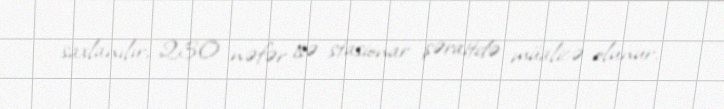
saxlanılır, 230 nəfər isə stasionar şəraitdə müalicə olunur.